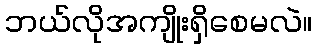
ဘယ်လိုအကျိုးရှိစေမလဲ။